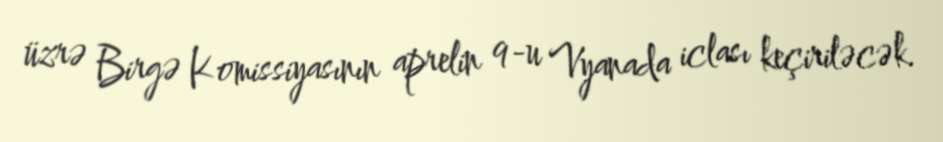
üzrə Birgə Komissiyasının aprelin 9-u Vyanada iclası keçiriləcək.